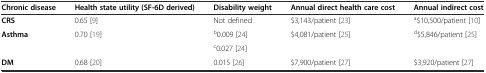
<table><thead><tr><td><b>Chronic disease</b></td><td><b>Health state utility (SF-6D derived)</b></td><td><b>Disability weight</b></td><td><b>Annual direct health care cost</b></td><td><b>Annual indirect cost</b></td></tr></thead><tbody><tr><td><b>CRS</b></td><td>0.65 [9]</td><td>Not defined</td><td>$3,143/patient [23]</td><td><sup>a</sup>$10,500/patient [10]</td></tr><tr><td rowspan="2"><b>Asthma</b></td><td rowspan="2">0.70 [19]</td><td><sup>b</sup>0.009 [24]</td><td rowspan="2">$4,081/patient [25]</td><td rowspan="2"><sup>d</sup>$5,846/patient [25]</td></tr><tr><td><sup>c</sup>0.027 [24]</td></tr><tr><td><b>DM</b></td><td>0.68 [20]</td><td>0.015 [26]</td><td>$7,900/patient [27]</td><td>$3,920/patient [27]</td></tr></tbody></table>